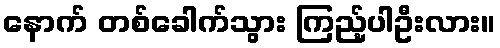
နောက် တစ်ခေါက်သွား ကြည့်ပါဦးလား။